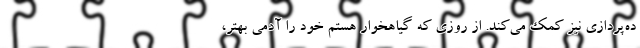
ده‌پردازی نیز کمک می‌کند. از روزی که گیاهخوار هستم خود را آدمی بهتر،